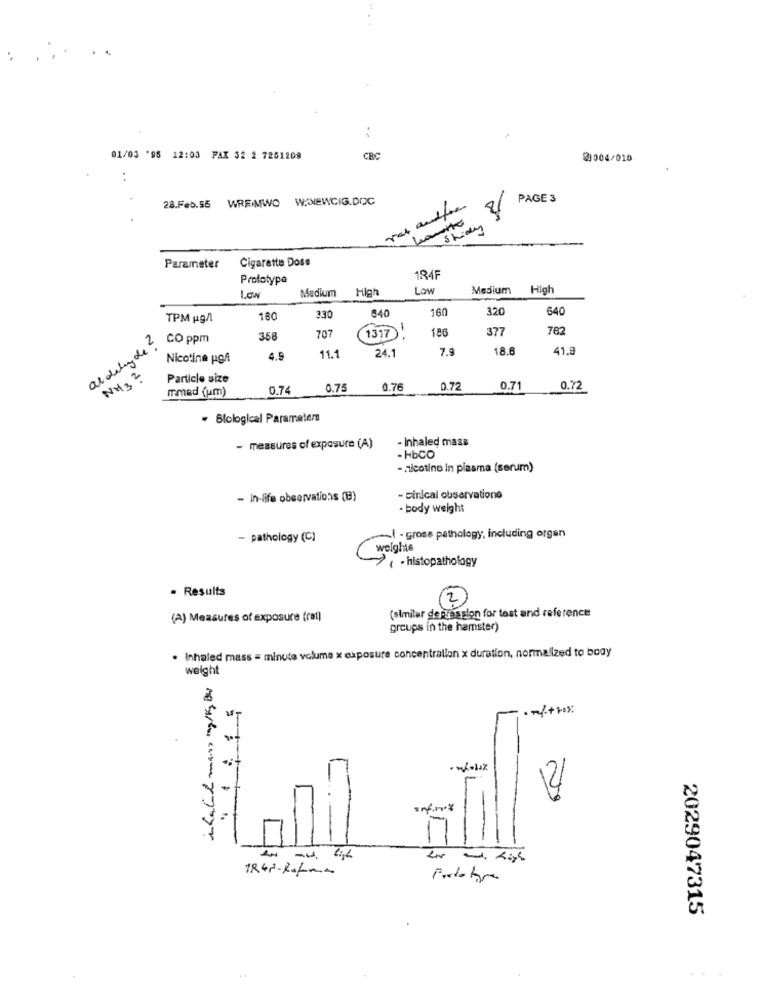
01/03 '95 12:03 PAX 52 2 7251209
CRC
@3004/010
:
28.Feb.55 WREMWO WANEWCIG.DOC
PAGE 3
shiny
Cigarette Doss
Parameter
Prototype
184F
Medium
High
Low
Medium
High
640
160
320
640
TPM ugn
180
3.30
707
186
377
782
aldehyde
CO ppm
358
1317
24.1
7.9
18.6
41.9
Nicotine por
4.9
11.1
NH32
Particle size
mmad (um)
0.74
0.75
0.76
0.72
0.7
0.72
· Blological Parameter
- inhaled mass
- measures of exposure (A)
- HbCO
- nicotine in plasma (serum)
- In-life observations (B)
- pinical observationo
- body weight
- pathology (C)
~1 - gross pathology, including organ
weights
. histopathology
Results
2
(similar depression for test and reference
(A) Measures of exposure (rat)
groups in the hamster)
· Inhaled mass = minute volume x exposure concentralion x duration, normalized to body
weight
8
:...
2029047315
...